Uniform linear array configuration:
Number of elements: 24
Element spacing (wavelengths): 0.25
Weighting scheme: binomial
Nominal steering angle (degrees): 60
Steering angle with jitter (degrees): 61.632
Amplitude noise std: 0.05
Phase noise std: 0.05

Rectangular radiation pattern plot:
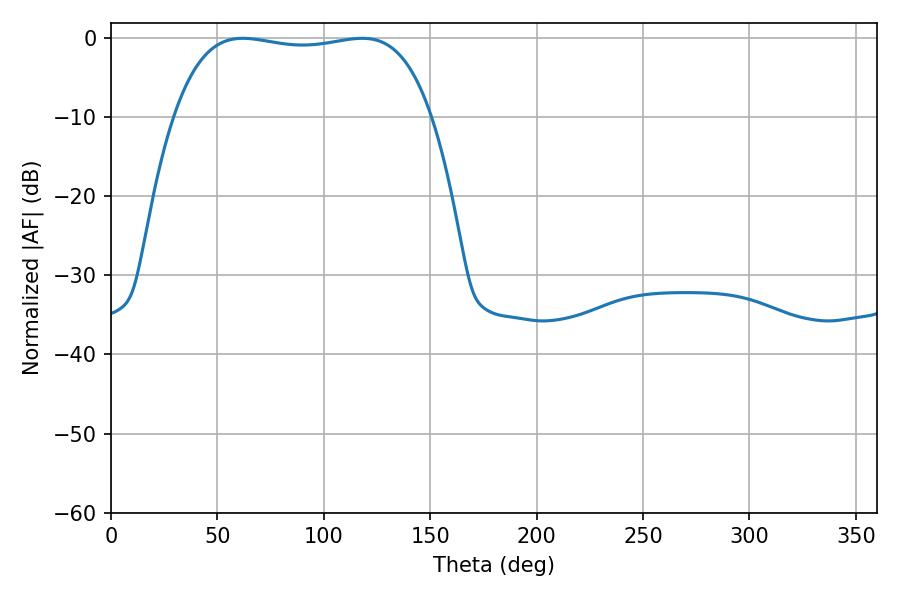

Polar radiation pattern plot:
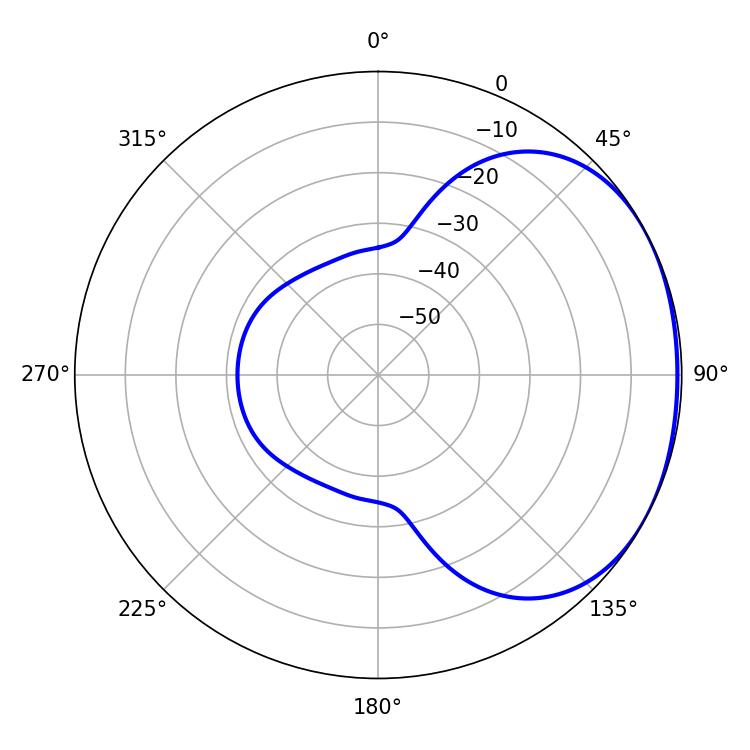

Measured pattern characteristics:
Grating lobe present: FALSE
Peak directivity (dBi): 1.577
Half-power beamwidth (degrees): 96.48
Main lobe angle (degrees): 61.92